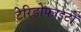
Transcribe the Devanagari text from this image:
टेरिडोफाइटों